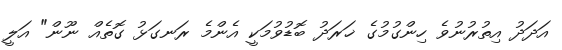
އަދަދު އިތުރުނުވެ ހިންގުމުގެ ޚަރަދު ބޮޑުވުމަކީ އެންމެ ރަނގަޅު ގޮތެއް ނޫން" އަލީ